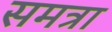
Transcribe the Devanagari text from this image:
समत्रा